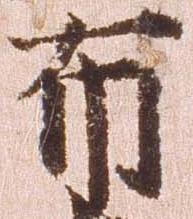
布